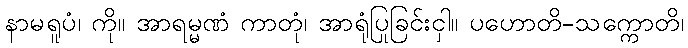
နာမရူပံ၊ ကို။ အာရမ္မဏံ ကာတုံ၊ အာရုံပြုခြင်းငှါ။ ပဟောတိ-သက္ကောတိ၊